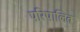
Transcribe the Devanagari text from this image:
परिपालित